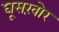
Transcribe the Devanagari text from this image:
घूसख़ोर